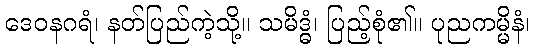
ဒေဝနဂရံ၊ နတ်ပြည်ကဲ့သို့။ သမိဒ္ဓံ၊ ပြည့်စုံ၏။ ပုညကမ္မိနံ၊